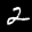
Label: 2